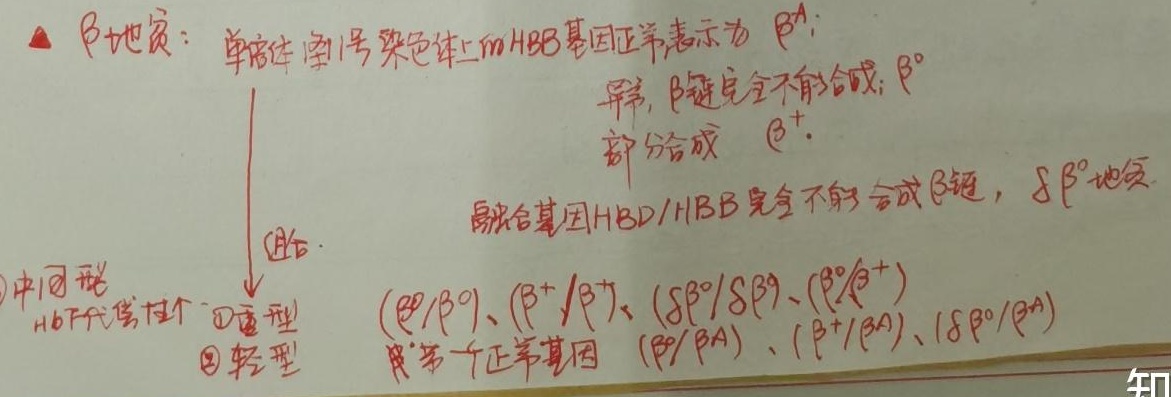
$\beta$地贫：单倍体11号染色体上的\(HBB\)基因正常，表示为\(\beta^A\)；异常，\(\beta\)链完全不能合成，\(\beta^0\)；部分合成\(\beta^+\)。融合基因\(HBD/HBB\)完全不能合成\(\beta\)链，\(\delta\beta^0\)地贫。中间型\(Hb\)代偿性↑\(\textcircled{1}\)重型\(\textcircled{2}\)轻型纯合子：\((\beta^0/\beta^0)\)、\((\beta^+/\beta^+)\)、\((\delta\beta^0/\delta\beta^0)\)、\((\beta^0/\beta^+)\)携带一个正常基因：\((\beta^0/\beta^A)\)、\((\beta^+/\beta^A)\)、\((\delta\beta^0/\beta^A)\)